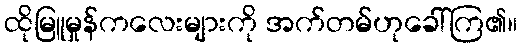
ထိုမြူမှုန်ကလေးများကို အက်တမ်ဟုခေါ်ကြ၏။